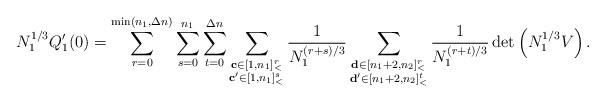
LaTeX: \begin{align*}N_1^{1/3}Q'_1(0)=\sum\limits_{r=0}^{\min(n_1,\Delta n)}\sum\limits_{s=0}^{n_1}\sum\limits_{t=0}^{\Delta n}\sum\limits_{\substack{\mathbf{c}\in [1,n_1]_<^r\\\mathbf{c'}\in [1,n_1]_<^s}}\frac 1{N_1^{(r+s)/3}}\sum\limits_{\substack{\mathbf{d}\in [n_1+2,n_2]_<^{r}\\\mathbf{d'}\in [n_1+2,n_2]_<^t}}\frac 1{N_1^{(r+t)/3}}\det \left(N_1^{1/3}V\right).\end{align*}